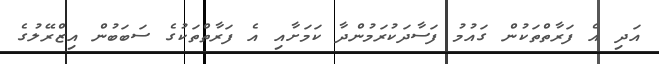
އަދި އެ ފަރާތްތަކުން ގައުމު ފަސާދަކުރަމުންދާ ކަމަށާއި އެ ފަރާތްތަކުގެ ސަބަބުން އިޒްރޭލުގެ